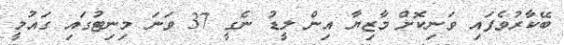
ބޭކާރުވެފައި ވަނިކޮށް މާޒިޔާ އިން ލީޑު ނެގީ 37 ވަނަ މިނިޓުގައި ގައުމީ